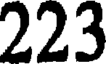
223